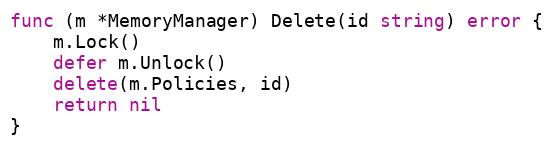
Language: Go
func (m *MemoryManager) Delete(id string) error {
	m.Lock()
	defer m.Unlock()
	delete(m.Policies, id)
	return nil
}